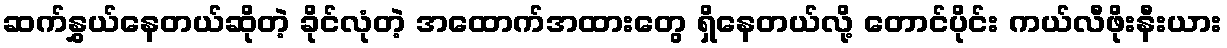
ဆက်နွှယ်နေတယ်ဆိုတဲ့ ခိုင်လုံတဲ့ အထောက်အထားတွေ ရှိနေတယ်လို့ တောင်ပိုင်း ကယ်လီဖိုးနီးယား